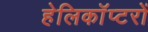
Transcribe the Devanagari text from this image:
हेलिकाॅप्टरों